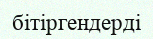
бітіргендерді